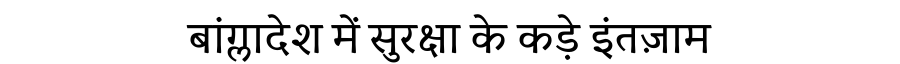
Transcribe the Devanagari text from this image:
बांग्लादेश में सुरक्षा के कड़े इंतज़ाम